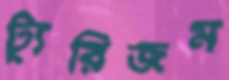
ট্যুরিজম